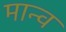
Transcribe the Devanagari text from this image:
मान्व